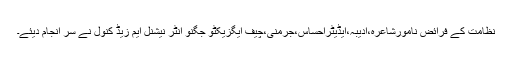
نِظامت کے فرائض نامورشاعرہ،ادیبہ،ایڈیٹراحساس،جرمنی،چیف ایگزیکٹو جگنو انٹر نیشنل ایم زیڈ کنولؔ نے سر انجام دیئے۔